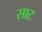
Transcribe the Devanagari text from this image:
साट